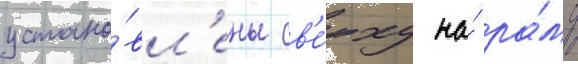
устано́вл'ены св'е́рху на́ ра́му